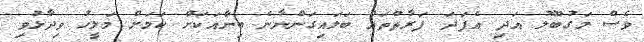
ވެސް މަގުބޫލު އަދި އެފަދަ ފަރާތްތައް ބަލައިގަންނާނެ ބިނާއަކަށް ކަމަށް މަލީހު ވިދާޅުވި